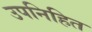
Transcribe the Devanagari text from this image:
उपनिहित